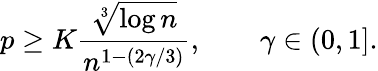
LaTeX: p\ge K\frac{\sqrt[3]{\log n}}{n^{1-(2\gamma/3)}},\qquad\gamma\in(0,1].